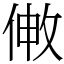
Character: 敒